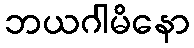
ဘယဂါမိနော